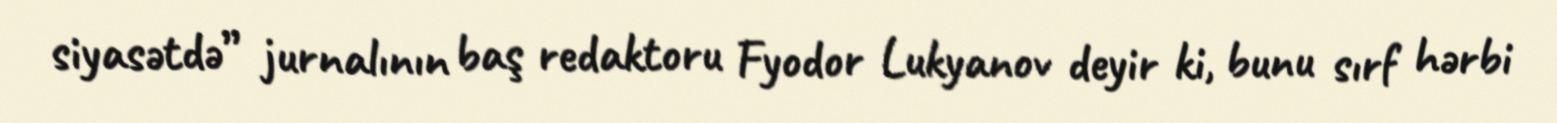
siyasətdə” jurnalının baş redaktoru Fyodor Lukyanov deyir ki, bunu sırf hərbi